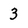
Character: 3